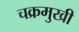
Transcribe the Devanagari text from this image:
चक्रमुखी